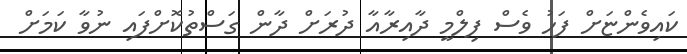
ކައިވެންޏަށް ފަހު ވެސް ފިލްމީ ދާއިރާއާ ދުރަށް ދާން ގަސްތުކޮށްފައި ނުވާ ކަމަށް